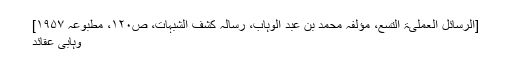
[الرسائل العملیۃ التسع، مؤلفہ محمد بن عبد الوہاب، رسالہ کشف الشبہات، ص۱۲۰، مطبوعہ ۱۹۵۷]
وہابی عقائد